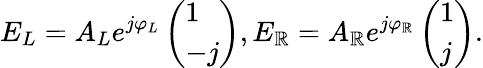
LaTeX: E_{L}=A_{L}e^{j\varphi_{L}}\left(\begin{array}{l}{1}\\ {-j}\end{array}\right),E_{\mathbb{R}}=A_{\mathbb{R}}e^{j\varphi_{\mathbb{R}}}\left(\begin{array}{l}{1}\\ {j}\end{array}\right).